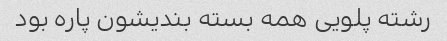
رشته پلویی همه بسته بندیشون پاره بود